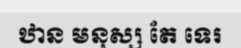
ឋាន មនុស្ស តែ ទេរ